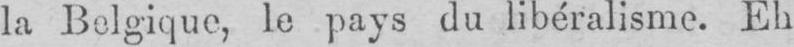
la Belgique, le pays du libéralisme. Eh